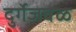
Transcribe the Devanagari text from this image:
दुर्गेजवळ